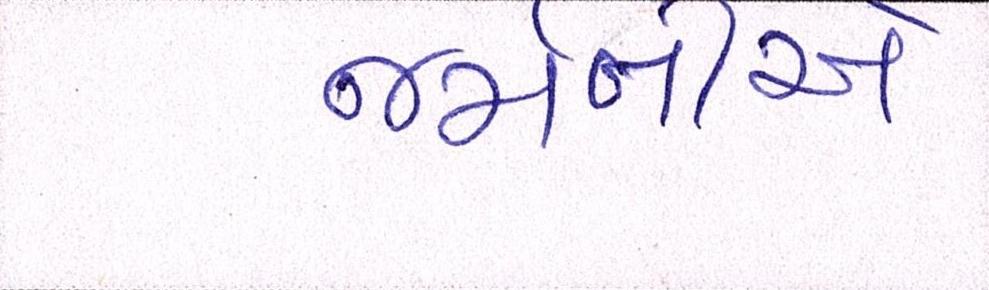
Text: જર્મનીએ